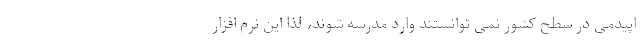
اپیدمی در سطح کشور نمی توانستند وارد مدرسه شوند، لذا این نرم افزار